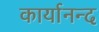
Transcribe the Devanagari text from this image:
कार्यानन्द